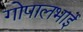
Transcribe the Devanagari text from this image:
गोपालभाई